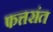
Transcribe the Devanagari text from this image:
फत्तरांत